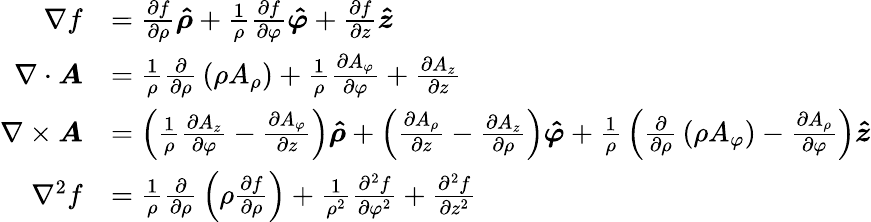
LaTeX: {\begin{array}{rl}{\nabla f}&{={\frac{\partial f}{\partial\rho}}{\boldsymbol{\hat{\rho}}}+{\frac{1}{\rho}}{\frac{\partial f}{\partial\varphi}}{\boldsymbol{\hat{\varphi}}}+{\frac{\partial f}{\partial z}}{\boldsymbol{\hat{z}}}}\\ {\nabla\cdot{\boldsymbol{A}}}&{={\frac{1}{\rho}}{\frac{\partial}{\partial\rho}}\left(\rho A_{\rho}\right)+{\frac{1}{\rho}}{\frac{\partial A_{\varphi}}{\partial\varphi}}+{\frac{\partial A_{z}}{\partial z}}}\\ {\nabla\times{\boldsymbol{A}}}&{=\left({\frac{1}{\rho}}{\frac{\partial A_{z}}{\partial\varphi}}-{\frac{\partial A_{\varphi}}{\partial z}}\right){\boldsymbol{\hat{\rho}}}+\left({\frac{\partial A_{\rho}}{\partial z}}-{\frac{\partial A_{z}}{\partial\rho}}\right){\boldsymbol{\hat{\varphi}}}+{\frac{1}{\rho}}\left({\frac{\partial}{\partial\rho}}\left(\rho A_{\varphi}\right)-{\frac{\partial A_{\rho}}{\partial\varphi}}\right){\boldsymbol{\hat{z}}}}\\ {\nabla^{2}f}&{={\frac{1}{\rho}}{\frac{\partial}{\partial\rho}}\left(\rho{\frac{\partial f}{\partial\rho}}\right)+{\frac{1}{\rho^{2}}}{\frac{\partial^{2}f}{\partial\varphi^{2}}}+{\frac{\partial^{2}f}{\partial z^{2}}}}\end{array}}